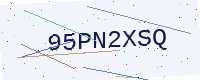
Text: 95PN2XSQ